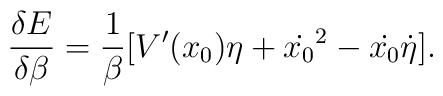
\frac{\delta E}{\delta \beta} = \frac{1}{\beta}   [V'(x_0) \eta +  \dot{x_0}^2 -  \dot{x_0}\dot{\eta}].